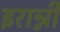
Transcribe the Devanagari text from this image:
इरान्नी